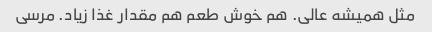
مثل همیشه عالی. هم خوش طعم هم مقدار غذا زیاد. مرسی